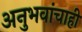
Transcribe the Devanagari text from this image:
अनुभवांचाही